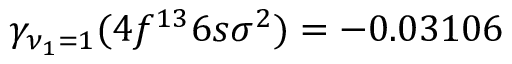
\gamma _ { \nu _ { 1 } = 1 } ( 4 f ^ { 1 3 } 6 s \sigma ^ { 2 } ) = - 0 . 0 3 1 0 6